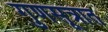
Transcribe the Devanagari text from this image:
गुणसूत्रात